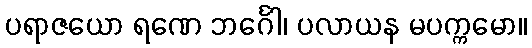
ပရာဇယော ရဏေ ဘင်္ဂေါ၊ ပလာယန မပက္ကမော။